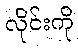
လိုင်းကို